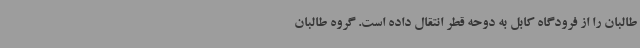
طالبان را از فرودگاه کابل به دوحه قطر انتقال داده است. گروه طالبان